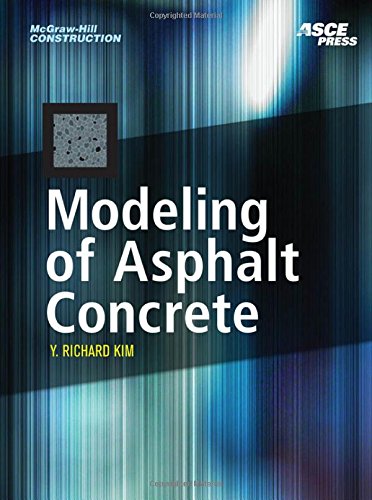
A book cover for MODELING OF ASPHALT CONCRETE (McGraw-Hill Construction); Y. Kim; Engineering & Transportation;